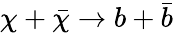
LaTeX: \chi+\bar{\chi}\to b+\bar{b}